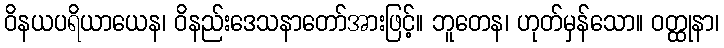
ဝိနယပရိယာယေန၊ ဝိနည်းဒေသနာတော်အားဖြင့်။ ဘူတေန၊ ဟုတ်မှန်သော။ ဝတ္ထုနာ၊